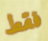
فقط